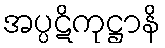
အပ္ပဋိကုဋ္ဌာနိ